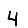
Digit: 4